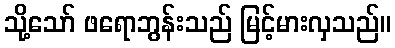
သို့သော် ဖရောဘွန်းသည် မြင့်မားလှသည်။